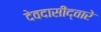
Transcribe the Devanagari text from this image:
देवदासींद्वारे